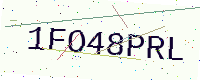
Text: 1FO48PRL